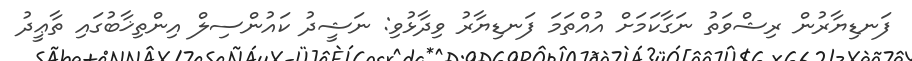
ފަނޑިޔާރުން ރިޝްވަތު ނަގާކަމަށް އުއްތަމަ ފަނޑިޔާރު ވިދާޅުވި: ނަޝީދު ކައުންސިލް އިންތިޚާބުގައި ތާޢީދު